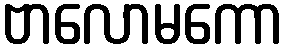
ဗာလောမကော